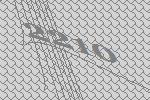
2210